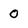
Character: O